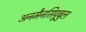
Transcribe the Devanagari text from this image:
अनमैनसिपूबुल